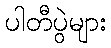
ပါတီပွဲများ